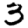
Digit: 3